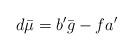
LaTeX: \begin{align*}d\bar{\mu}=b^\prime\bar{g}-fa^\prime\end{align*}